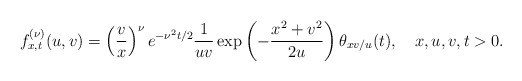
\begin{align*}f_{x,t}^{(\nu)}(u,v)=\left(\frac{v}{x}\right)^{\nu}e^{-\nu^2t/2}\frac1{uv}\exp\left(-\frac{x^2+v^2}{2u}\right)\theta_{xv/u}(t),\ \ \ x,u,v,t>0.\end{align*}